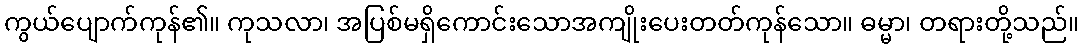
ကွယ်ပျောက်ကုန်၏။ ကုသလာ၊ အပြစ်မရှိကောင်းသောအကျိုးပေးတတ်ကုန်သော။ ဓမ္မာ၊ တရားတို့သည်။